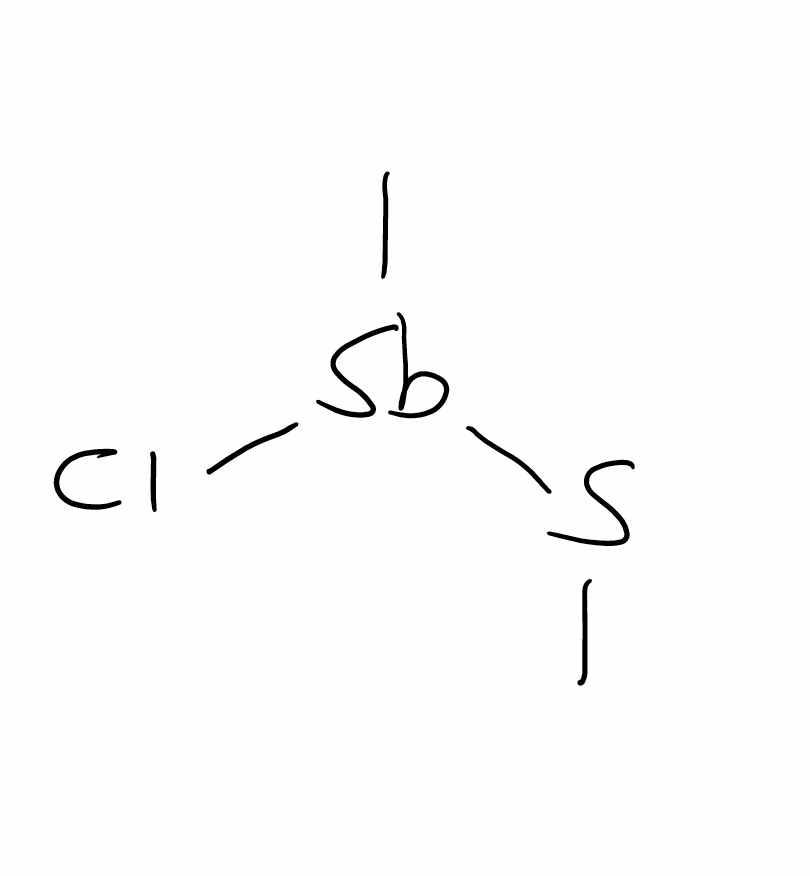
Simplified molecular-input line-entry system (SMILES) notation of the given molecule:
CS[Sb](C)Cl